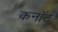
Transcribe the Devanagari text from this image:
कनाॅट